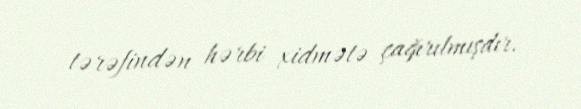
tərəfindən hərbi xidmətə çağırılmışdır.